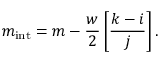
m _ { \mathrm { i n t } } = m - { \frac { w } { 2 } } \left[ { \frac { k - i } { j } } \right] .